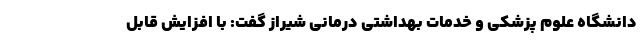
دانشگاه علوم پزشکی و خدمات بهداشتی درمانی شیراز گفت: با افزایش قابل